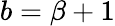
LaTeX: b=\beta+1